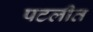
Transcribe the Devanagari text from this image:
पटलीत